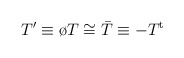
\begin{align*}T' \equiv \o T \cong \bar T \equiv - T^{\rm t}\end{align*}